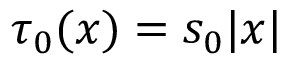
\tau _ { 0 } ( x ) = s _ { 0 } | x |